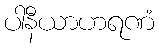
ပါနီယာဟရဏံ